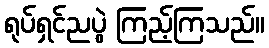
ရုပ်ရှင်ညပွဲ ကြည့်ကြသည်။